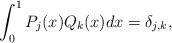
LaTeX: \begin{align*} \int_0^1 P_j(x) Q_k(x) dx = \delta_{j,k},\end{align*}